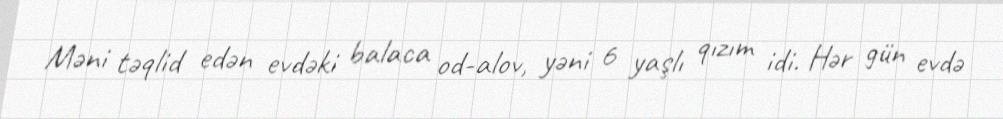
Məni təqlid edən evdəki balaca od-alov, yəni 6 yaşlı qızım idi. Hər gün evdə